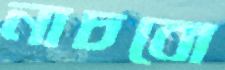
নাচবো